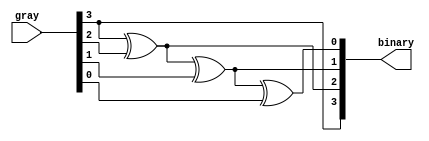
module g_to_b( binary,gray );
	 input [3:0] gray;
	 output [3:0] binary;
	 
	 assign binary[3] = gray[3] ;
	 assign binary[2] = binary[3] ^ gray[2];
	 assign binary[1] = binary[2] ^ gray[1];
	 assign binary[0] = binary[1] ^ gray[0];

endmodule